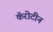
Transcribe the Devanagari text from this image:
कॅरोटीन